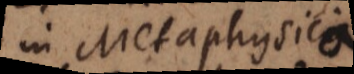
in Metaphysicis